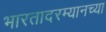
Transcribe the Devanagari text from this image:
भारतादरम्यानच्या